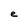
Character: e